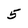
Character: 5